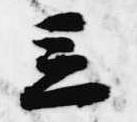
立